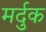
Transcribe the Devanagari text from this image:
मर्दुक